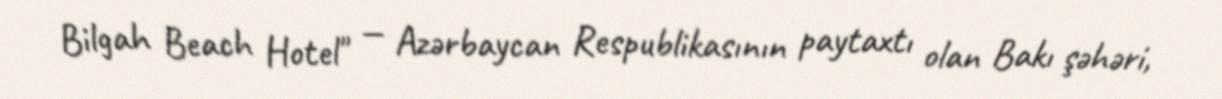
Bilgah Beach Hotel" — Azərbaycan Respublikasının paytaxtı olan Bakı şəhəri,